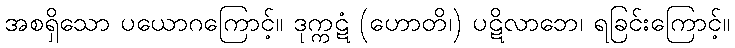
အစရှိသော ပယောဂကြောင့်။ ဒုက္ကဋံ (ဟောတိ၊) ပဋိလာဘေ၊ ရခြင်းကြောင့်။